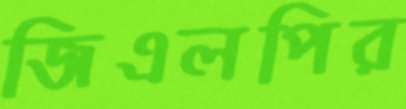
জিএলপির